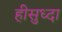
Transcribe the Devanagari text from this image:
हीसुध्दा